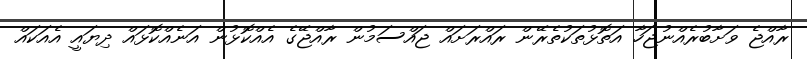
ރާއްޖެ ވަށާބުރެއްނުޖަހާ އަތޮޅުތަކުތެރޭން ރައްރަށައް ޖައްސަމުން ރާއްޖޭގެ އެއްކޮޅުން އަނެއްކޮޅައް ދިޔައީ އެއަކައް